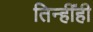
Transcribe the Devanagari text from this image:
तिन्हींही